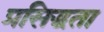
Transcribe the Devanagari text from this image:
प्रसिद्धता